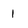
Character: 1